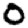
Digit: 0